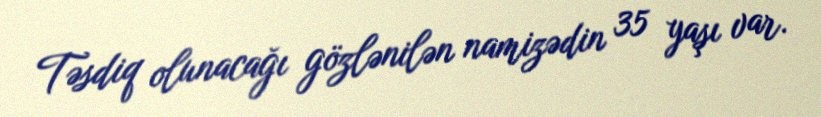
Təsdiq olunacağı gözlənilən namizədin 35 yaşı var.